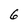
Character: 6